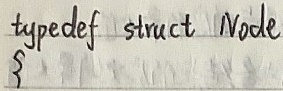
typedef struct Node{} ;